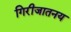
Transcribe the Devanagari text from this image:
गिरीजातनय